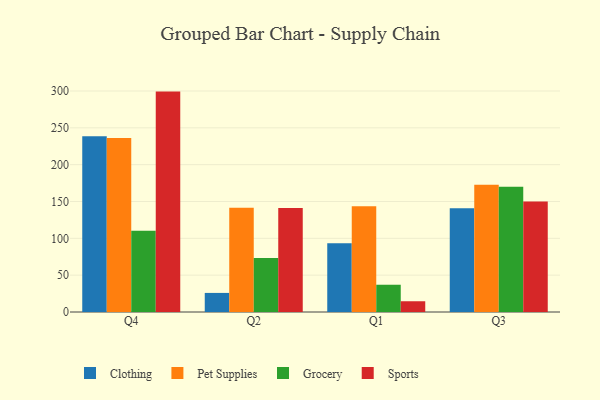
{"axis": {"x": "Quarter", "y": "Customer Acquisition Cost (USD)"}, "legend": ["Clothing", "Grocery", "Pet Supplies", "Sports"], "data": [{"x": "Q4", "y": 238.6, "type": "Clothing"}, {"x": "Q4", "y": 236.3, "type": "Pet Supplies"}, {"x": "Q4", "y": 110.3, "type": "Grocery"}, {"x": "Q4", "y": 299.2, "type": "Sports"}, {"x": "Q2", "y": 25.9, "type": "Clothing"}, {"x": "Q2", "y": 141.6, "type": "Pet Supplies"}, {"x": "Q2", "y": 73.2, "type": "Grocery"}, {"x": "Q2", "y": 141.1, "type": "Sports"}, {"x": "Q1", "y": 93.3, "type": "Clothing"}, {"x": "Q1", "y": 143.7, "type": "Pet Supplies"}, {"x": "Q1", "y": 37.0, "type": "Grocery"}, {"x": "Q1", "y": 14.6, "type": "Sports"}, {"x": "Q3", "y": 140.7, "type": "Clothing"}, {"x": "Q3", "y": 172.6, "type": "Pet Supplies"}, {"x": "Q3", "y": 170.2, "type": "Grocery"}, {"x": "Q3", "y": 149.9, "type": "Sports"}]}